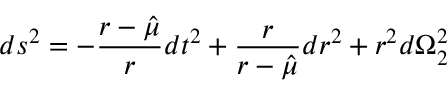
d s ^ { 2 } = - { \frac { r - \hat { \mu } } { r } } d t ^ { 2 } + { \frac { r } { r - \hat { \mu } } } d r ^ { 2 } + r ^ { 2 } d \Omega _ { 2 } ^ { 2 }